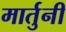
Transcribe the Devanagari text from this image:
मार्तुनी